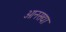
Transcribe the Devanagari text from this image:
ओनसद्या